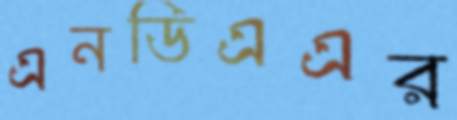
এনডিএএর